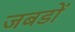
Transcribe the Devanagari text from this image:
जबडों